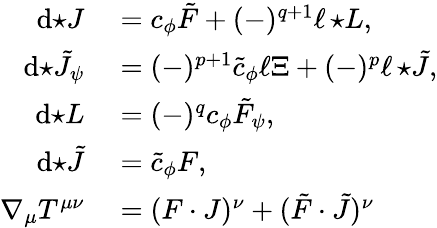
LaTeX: \begin{array}{rl}{\mathrm{d}{\star J}}&{{}=c_{\phi}\tilde{F}+(-)^{q+1}\ell\, {\star L},}\\ {\mathrm{d}{\star\tilde{J}_{\psi}}}&{{}=(-)^{p+1}\tilde{c}_{\phi}\ell\Xi+(-)^{p}\ell\, {\star\tilde{J}},}\\ {\mathrm{d}{\star L}}&{{}=(-)^{q}c_{\phi}\tilde{F}_{\psi},}\\ {\mathrm{d}{\star\tilde{J}}}&{{}=\tilde{c}_{\phi}F,}\\ {\nabla_{\mu}T^{\mu\nu}}&{{}=(F\cdot J)^{\nu}+(\tilde{F}\cdot\tilde{J})^{\nu}}\end{array}